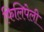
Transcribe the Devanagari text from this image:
फिलिपेली